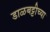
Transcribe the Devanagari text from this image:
डाळबट्टीच्या